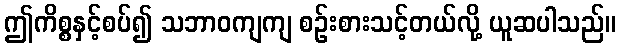
ဤကိစ္စနှင့်စပ်၍ သဘာဝကျကျ စဉ်းစားသင့်တယ်လို့ ယူဆပါသည်။